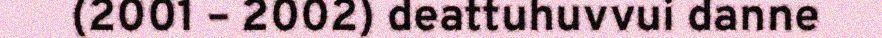
(2001 – 2002) deattuhuvvui danne